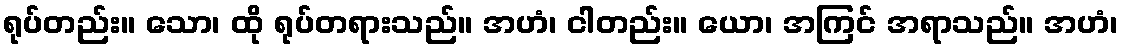
ရုပ်တည်း။ သော၊ ထို ရုပ်တရားသည်။ အဟံ၊ ငါတည်း။ ယော၊ အကြင် အရာသည်။ အဟံ၊